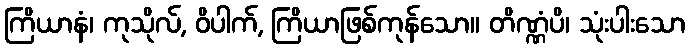
ကြိယာနံ၊ ကုသိုလ်, ဝိပါက်, ကြိယာဖြစ်ကုန်သော။ တိဏ္ဏံပိ၊ သုံးပါးသော